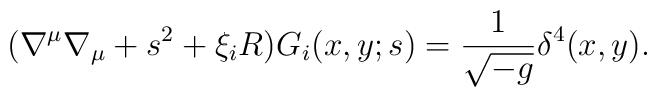
(\nabla^{\mu}\nabla_{\mu}+s^{2}+\xi_{i} R)G_{i}(x,y;s)     =\frac{1}{\sqrt{-g}}\delta^{4}(x,y).